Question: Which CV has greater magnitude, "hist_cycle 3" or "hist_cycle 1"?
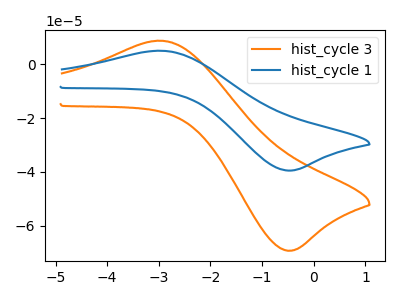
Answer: <think>The orange curve "hist_cycle 3" has an anodic peak at (-2.95V, 8.65uA) and a cathodic peak at (-0.50V, -69.20uA). The blue curve "hist_cycle 1" has an anodic peak at (-2.95V, 4.95uA) and a cathodic peak at (-0.50V, -39.50uA).
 All the peaks in "hist_cycle 3" have a peak in "hist_cycle 1" at the same potential. Every peak in "hist_cycle 3" is higher than every peak in "hist_cycle 1".</think>
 <answer>"hist_cycle 3" has more signal than "hist_cycle 1".</answer>
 <eval>more_signal</eval>